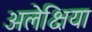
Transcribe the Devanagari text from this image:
अलेक्षिया